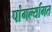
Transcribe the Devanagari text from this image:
पांगर्ल्यागत